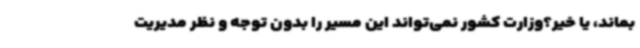
بماند، یا خیر؟وزارت کشور نمی‌تواند این مسیر را بدون توجه و نظر مدیریت